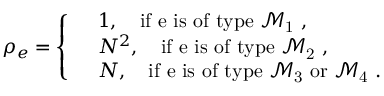
\rho _ { e } = \left\{ \begin{array} { r l } & { 1 , \quad \mathrm { i f ~ e ~ i s ~ o f ~ t y p e ~ \mathcal { M } _ { 1 } ~ } , } \\ & { N ^ { 2 } , \quad \mathrm { i f ~ e ~ i s ~ o f ~ t y p e ~ \mathcal { M } _ { 2 } ~ } , } \\ & { N , \quad \mathrm { i f ~ e ~ i s ~ o f ~ t y p e ~ \mathcal { M } _ { 3 } ~ o r ~ \mathcal { M } _ { 4 } ~ } . } \end{array} \right.